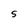
Character: S